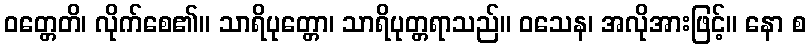
ဝတ္တေတိ၊ လိုက်စေ၏။ သာရိပုတ္တော၊ သာရိပုတ္တရာသည်။ ဝသေန၊ အလိုအားဖြင့်။ နော စ